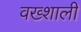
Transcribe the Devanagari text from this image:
वख्शाली